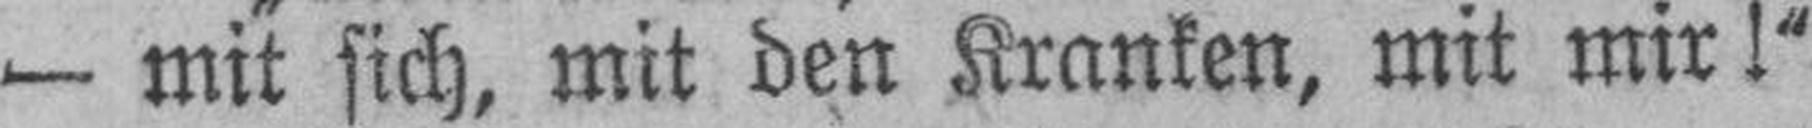
— mit sich, mit den Kranken, mit mir!“